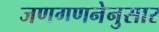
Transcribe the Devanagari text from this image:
जणगणनेनुसार